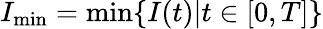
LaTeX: I_{\operatorname*{min}}=\operatorname*{min}\{ I(t)|t\in[0,T]\}